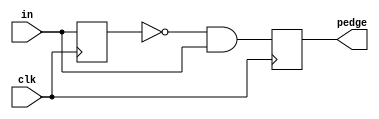
module pedge_8 (
    input clk,
    input [7:0] in,
    output [7:0] pedge
);
    //
  reg [7:0] in_reg = 8'h00, in_next;
  reg [7:0] pedge_reg = 8'h00, pedge_next;
  assign pedge = pedge_reg;
  
  always @(*) begin
    in_next = in;
    pedge_next = ~in_reg & in;
  end 
  
  always @(posedge clk) begin
    in_reg <= in_next;
    pedge_reg <= pedge_next;
  end
  
endmodule